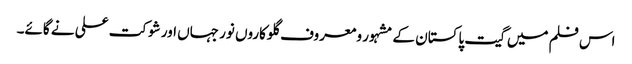
اس فلم میں گیت پاکستان کے مشہور و معروف گلوکاروں نور جہاں اور شوکت علی نے گائے۔